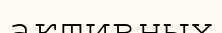
активных